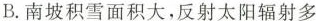
B.南坡积雪面积大，反射太阳辐射多